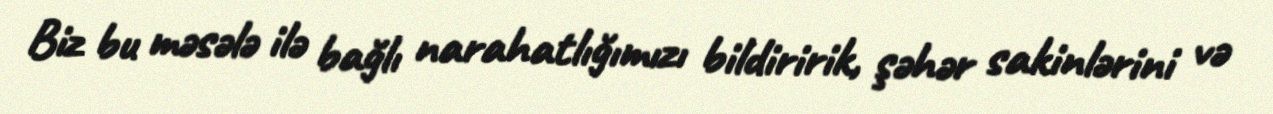
Biz bu məsələ ilə bağlı narahatlığımızı bildiririk, şəhər sakinlərini və